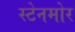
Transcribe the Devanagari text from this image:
स्टेनमोर